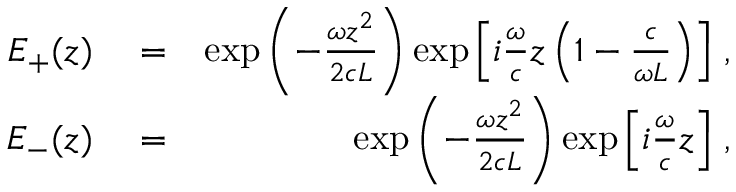
\begin{array} { r l r } { E _ { + } ( z ) } & { { } = } & { \exp \left( - \frac { \omega z ^ { 2 } } { 2 c L } \right) \exp \left[ i \frac { \omega } { c } z \left( 1 - \frac { c } { \omega L } \right) \right] \, , } \\ { E _ { - } ( z ) } & { { } = } & { \exp \left( - \frac { \omega z ^ { 2 } } { 2 c L } \right) \exp \left[ i \frac { \omega } { c } z \right] \, , } \end{array}